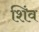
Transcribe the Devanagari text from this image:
शिंव